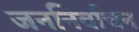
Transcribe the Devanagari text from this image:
जननिर्वाचन